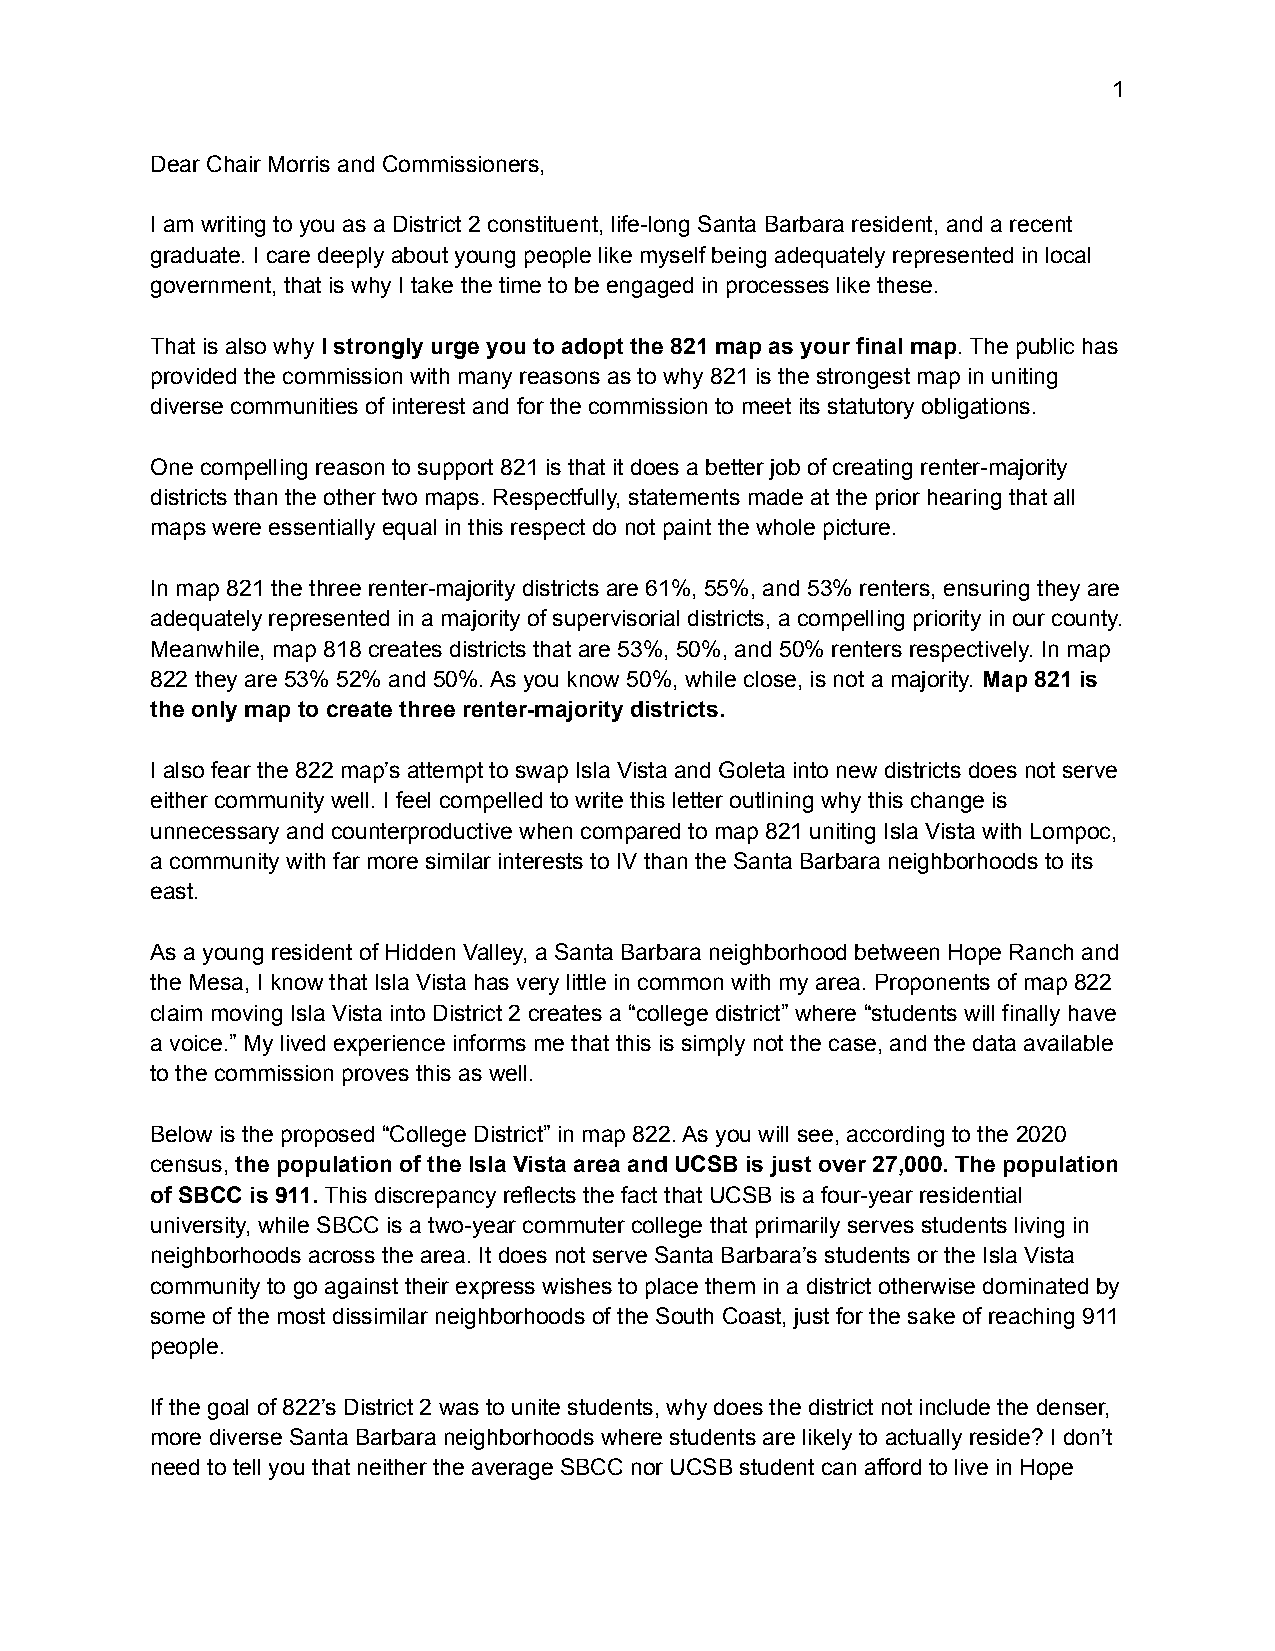
1
 Dear Chair Morris and Commissioners,
 I am writing to you as a District 2 constituent, life-long Santa Barbara resident, and a recent
 graduate. I care deeply about young people like myself being adequately represented in local
 government, that is why I take the time to be engaged in processes like these.
 That is also why I strongly urge you to adopt the 821 map as your final map. The public has
 provided the commission with many reasons as to why 821 is the strongest map in uniting
 diverse communities of interest and for the commission to meet its statutory obligations.
 One compelling reason to support 821 is that it does a better job of creating renter-majority
 districts than the other two maps. Respectfully, statements made at the prior hearing that all
 maps were essentially equal in this respect do not paint the whole picture.
 In map 821 the three renter-majority districts are 61%, 55%, and 53% renters, ensuring they are
 adequately represented in a majority of supervisorial districts, a compelling priority in our county.
 Meanwhile, map 818 creates districts that are 53%, 50%, and 50% renters respectively. In map
 822 they are 53% 52% and 50%. As you know 50%, while close, is not a majority. Map 821 is
 the only map to create three renter-majority districts.
 I also fear the 822 map’s attempt to swap Isla Vista and Goleta into new districts does not serve
 either community well. I feel compelled to write this letter outlining why this change is
 unnecessary and counterproductive when compared to map 821 uniting Isla Vista with Lompoc,
 a community with far more similar interests to IV than the Santa Barbara neighborhoods to its
 east.
 As a young resident of Hidden Valley, a Santa Barbara neighborhood between Hope Ranch and
 the Mesa, I know that Isla Vista has very little in common with my area. Proponents of map 822
 claim moving Isla Vista into District 2 creates a “college district” where “students will finally have
 a voice.” My lived experience informs me that this is simply not the case, and the data available
 to the commission proves this as well.
 Below is the proposed “College District” in map 822. As you will see, according to the 2020
 census, the population of the Isla Vista area and UCSB is just over 27,000. The population
 of SBCC is 911. This discrepancy reflects the fact that UCSB is a four-year residential
 university, while SBCC is a two-year commuter college that primarily serves students living in
 neighborhoods across the area. It does not serve Santa Barbara’s students or the Isla Vista
 community to go against their express wishes to place them in a district otherwise dominated by
 some of the most dissimilar neighborhoods of the South Coast, just for the sake of reaching 911
 people.
 If the goal of 822’s District 2 was to unite students, why does the district not include the denser,
 more diverse Santa Barbara neighborhoods where students are likely to actually reside? I don’t
 need to tell you that neither the average SBCC nor UCSB student can afford to live in Hope